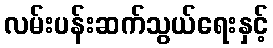
လမ်းပန်းဆက်သွယ်ရေးနှင့်